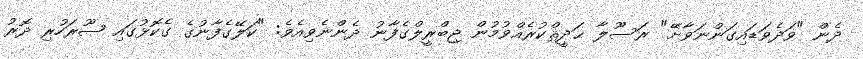
ދެން "ވަދެވަޑައިގަންނަވާށޭ" ރަސޫލާ ޙަދީޘްކުރެއްވުމުން ޖިބްރީލްގެފާނު ދެންނެވިއެވެ: "ކަލޭގެފާނުގެ ގެކޮޅުގައި ޞޫރަހުރި ދޮރު